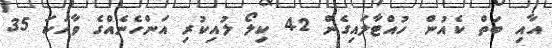
އާއި ބަތް ކެއުން ހުއްޓާލައިގެން 42 ކިލޯ ލުއިކުރި އަންހެނެއްގެ ވާހަކަ 35